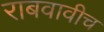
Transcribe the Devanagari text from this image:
राबवावीच